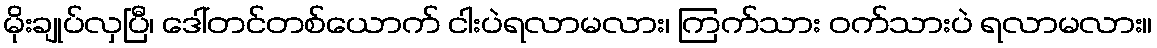
မိုးချုပ်လှပြီ၊ ဒေါ်တင်တစ်ယောက် ငါးပဲရလာမလား၊ ကြက်သား ဝက်သားပဲ ရလာမလား။